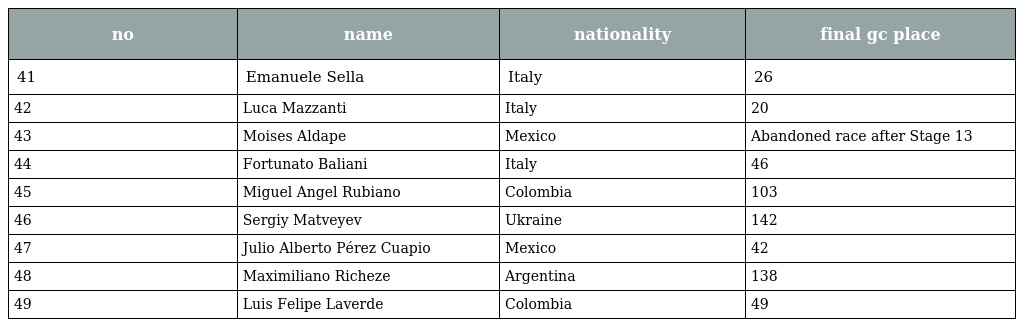
| no | name | nationality | final gc place |
 | --- | --- | --- | --- |
 | 41 | Emanuele Sella | Italy | 26 |
 | 42 | Luca Mazzanti | Italy | 20 |
 | 43 | Moises Aldape | Mexico | Abandoned race after Stage 13 |
 | 44 | Fortunato Baliani | Italy | 46 |
 | 45 | Miguel Angel Rubiano | Colombia | 103 |
 | 46 | Sergiy Matveyev | Ukraine | 142 |
 | 47 | Julio Alberto Pérez Cuapio | Mexico | 42 |
 | 48 | Maximiliano Richeze | Argentina | 138 |
 | 49 | Luis Felipe Laverde | Colombia | 49 |